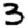
Digit: 3